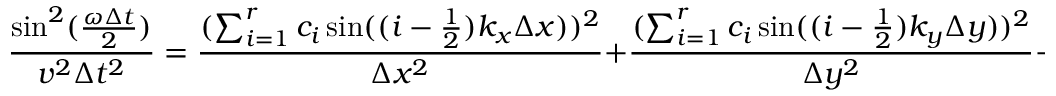
\frac { \sin ^ { 2 } ( \frac { \omega \Delta t } { 2 } ) } { v ^ { 2 } \Delta t ^ { 2 } } = \frac { ( \sum _ { i = 1 } ^ { r } c _ { i } \sin ( ( i - \frac { 1 } { 2 } ) k _ { x } \Delta x ) ) ^ { 2 } } { \Delta x ^ { 2 } } + \frac { ( \sum _ { i = 1 } ^ { r } c _ { i } \sin ( ( i - \frac { 1 } { 2 } ) k _ { y } \Delta y ) ) ^ { 2 } } { \Delta y ^ { 2 } } + \frac { ( \sum _ { i = 1 } ^ { r } c _ { i } \sin ( ( i - \frac { 1 } { 2 } ) k _ { z } \Delta z ) ) ^ { 2 } } { \Delta z ^ { 2 } } .